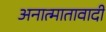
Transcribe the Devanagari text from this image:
अनात्मातावादी